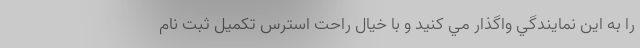
را به اين نمايندگي واگذار مي كنيد و با خيال راحت استرس تكميل ثبت نام